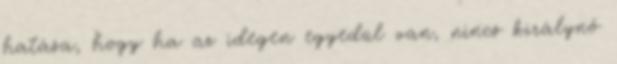
hatása, hogy ha az idegen egyedül van, nincs királynő